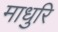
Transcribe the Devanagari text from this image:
माधुरि